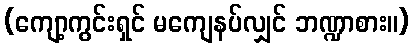
(ကျော့ကွင်းရှင် မကျေနပ်လျှင် ဘဏ္ဍာစား။)